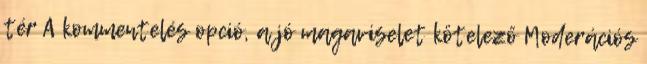
tér A kommentelés opció, a jó magaviselet kötelező Moderációs